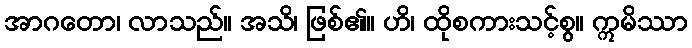
အာဂတော၊ လာသည်။ အသိ၊ ဖြစ်၏။ ဟိ၊ ထိုစကားသင့်စွ။ ဣမိဿာ